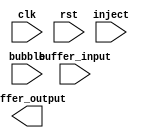
module FIFOBuffer #(
    parameter DATA_WIDTH=16,
    parameter BUFFER_SIZE = 16 // the buffer can hold 63 elements at most
) (
    input clk, rst, 
    // inject: if high, inject buffer_input into registers
    // bubble: if high, pop out data from the 0th register (Tips: check the bit order)
    input inject, bubble,
    input [BUFFER_SIZE*DATA_WIDTH-1:0] buffer_input,
    output reg [DATA_WIDTH-1:0] buffer_output
);

endmodule